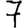
Digit: 7